Report of the Imperial Institute of Veterinary Research, Muktesar
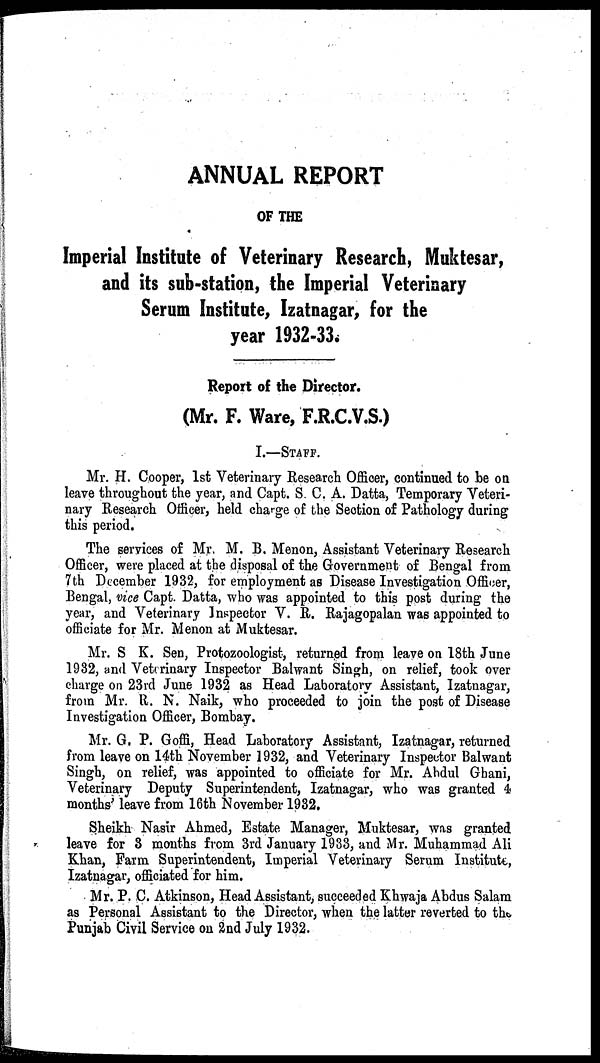
ANNUAL REPORT
OF THE
Imperial Institute of Veterinary Research, Muktesar,
and its sub-station, the Imperial Veterinary
Serum Institute, Izatnagar, for the
year 1932-33.
Report of the Director.
(Mr. F. Ware, F.R.C.V.S.)
I.—STAFF.
Mr. H. Cooper, 1st Veterinary Research Officer, continued to be on
leave throughout the year, and Capt. S. C. A. Datta, Temporary Veteri-
nary Research Officer, held charge of the Section of Pathology during
this period.
The services of Mr. M. B. Menon, Assistant Veterinary Research
Officer, were placed at the disposal of the Government of Bengal from
7th December 1932, for employment as Disease Investigation Officer,
Bengal, vice Capt. Datta, who was appointed to this post during the
year, and Veterinary Inspector V. R. Rajagopalan was appointed to
officiate for Mr. Menon at Muktesar.
Mr. S K. Sen, Protozoologist, returned from leave on 18th June
1932, and Veterinary Inspector Balwant Singh, on relief, took over
charge on 23rd June 1932 as Head Laboratory Assistant, Izatnagar,
from Mr. R. N. Naik, who proceeded to join the post of Disease
Investigation Officer, Bombay.
Mr. G. P. Goffi, Head Laboratory Assistant, Izatnagar, returned
from leave on 14th November 1932, and Veterinary Inspector Balwant
Singh, on relief, was appointed to officiate for Mr. Abdul Ghani,
Veterinary Deputy Superintendent, Izatnagar, who was granted 4
months' leave from 16th November 1932.
Sheikh Nasir Ahmed, Estate Manager, Muktesar, was granted
leave for 3 months from 3rd January 1933, and Mr. Muhammad Ali
Khan, Farm Superintendent, Imperial Veterinary Serum Institute,
Izatnagar, officiated for him.
Mr. P. C. Atkinson, Head Assistant, succeeded Khwaja Abdus Salam
as Personal Assistant to the Director, when the latter reverted to the
Punjab Civil Service on 2nd July 1932.